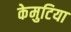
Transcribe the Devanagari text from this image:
केमुटिया